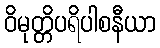
ဝိမုတ္တိပရိပါစနီယာ